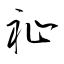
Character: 祉